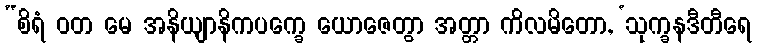
“စိရံ ဝတ မေ အနိယျာနိကပက္ခေ ယောဇေတွာ အတ္တာ ကိလမိတော, ‘သုက္ခနဒီတီရေ